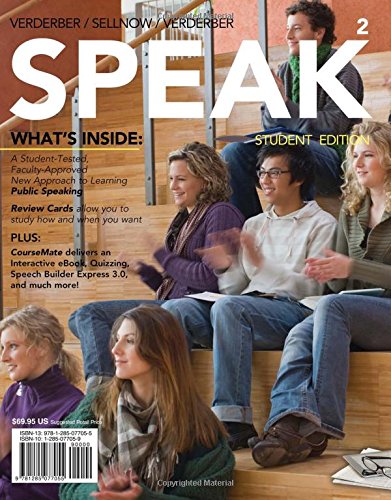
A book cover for SPEAK 2 (with CourseMate with SpeechBuilder Express(TM) 3.0 1-Semester, InfoTrac Printed Access Card) (New, Engaging Titles from 4LTR Press); Rudolph F. Verderber; Reference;